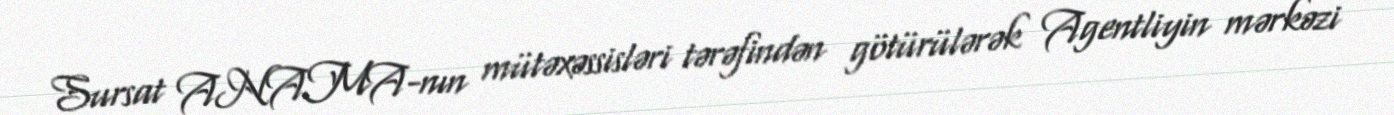
Sursat ANAMA-nın mütəxəssisləri tərəfindən götürülərək Agentliyin mərkəzi